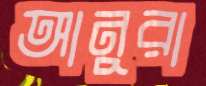
আনুরা